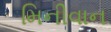
મિનીવાન